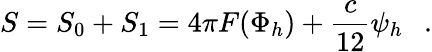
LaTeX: S=S_{0}+S_{1}=4\pi F(\Phi_{h})+{\frac{c}{12}}\psi_{h}~~~.